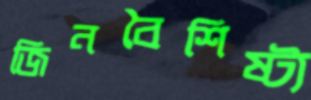
জিনবৈশিষ্ট্য